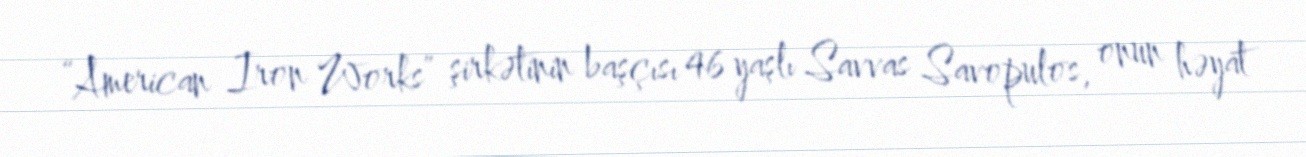
“American Iron Works” şirkətinin başçısı 46 yaşlı Savvas Savopulos, onun həyat